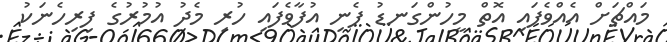
މައްޗަށް އެއްވެފައި އޮތް މީހުންގަނޑު ފެނި އުފާވެފައި ހުރި މެދު އުމުރުގެ ފިރިހެނަކު